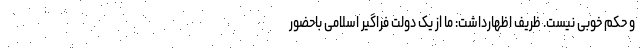
و حکم خوبی نیست. ظریف اظهارداشت: ما از یک دولت فراگیر اسلامی باحضور